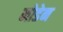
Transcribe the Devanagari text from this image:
मोडेन